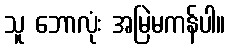
သူ ဘောလုံး အမြဲမကန်ပါ။